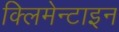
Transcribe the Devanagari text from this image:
क्लिमेन्टाइन